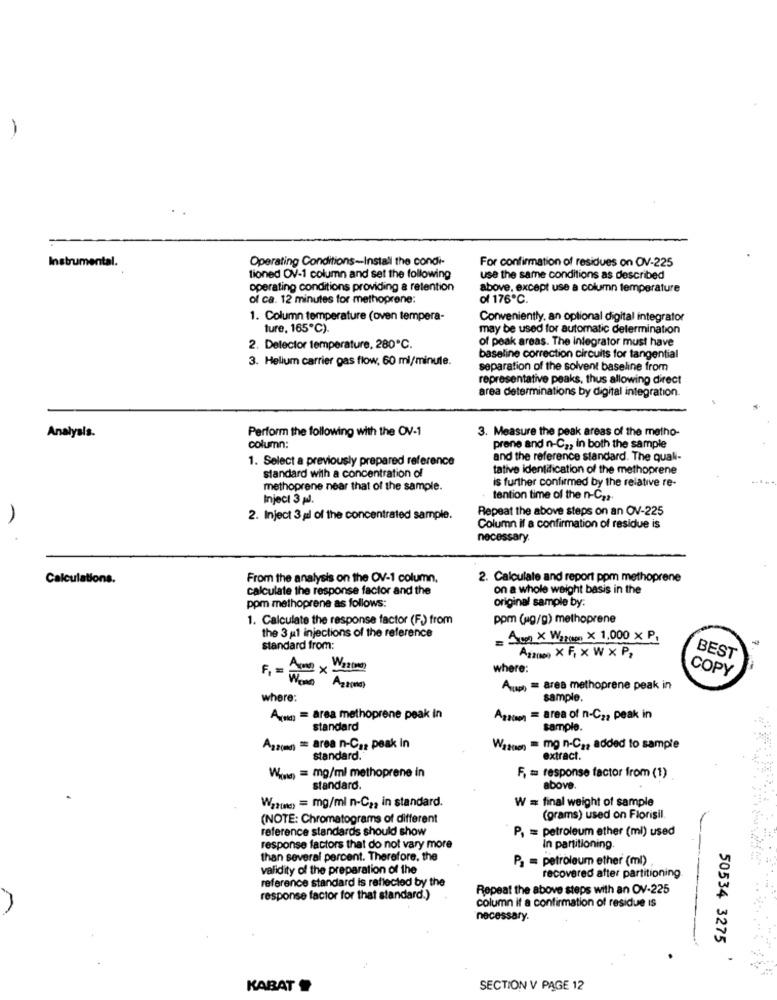
-
Operating Conditions-Install the condi-
Instrumental.
For confirmation of residues on OV-225
tioned OV-1 column and set the following
use the same conditions as described
operating conditions providing a retention
above, except use a column temperature
of ca. 12 minutes for methoprone:
of 176℃.
1. Column temperature (oven tempera-
Conveniently, an optional digital integrator
ture, 165℃).
may be used for automatic determination
of peak areas. The Integrator must have
2. Detector temperature. 280º℃.
3. Helium carrier gas flow, 60 ml/minule.
baseline correction circuits for tangential
separation of the solvent baseline from
representative peaks, thus allowing direct
area determinations by digital integration
Perform the following with the OV-1
3. Measure the peak areas of the metho-
Analysis.
column:
prene and n-C ,, in both the sample
1. Select a previously prepared reference
and the reference standard. The quali-
standard with a concentration of
tative identification of the methoprene
methoprene near that of the sample.
is further confirmed by the relative re-
Inject 3 gdl.
tention time of the n-Ca2.
Repeat the above steps on an OV-225
2. Inject 3 yıl of the concentrated sample.
A
Column if a confirmation of residue is
necessary.
Calculations.
From the analysis on the OV-1 column.
2. Calculate and report ppm methoprene
calculate the response factor and the
on a whole weight basis in the
ppm methoprene as follows:
original sample by:
1. Calculate the response factor (F.) from
ppm (ug/g) methoprene
the 3 ul injections of the reference
= Aun × W2poeng × 1,000 × P,
standard from:
Agame x F. x W x P2
BEST
where:
COPY
F1 = Wo Az(t)
Auch) = area methoprene peak in
where:
sample.
A(nic) = area methoprene peak in
Againm = area of n-Cz, peak in
standard
sample.
Azz(md) = area n-C ., peak in
Watten = mg n-C ,, added to sample
standard.
extract.
Wwwis) = mg/ml methoprene in
F, m response factor from (1)
standard.
above.
W = final weight of sample
War(e) = mg/ml n-C2, in standard.
(NOTE: Chromatograms of different
(grams) used on Florisil.
reference standards should show
P, = petroleum ether (mi) used
response factors that do not vary more
In partitioning
than several percent. Therefore, the
Pa = petroleum ether (ml)
validity of the preparation of the
reference standard is reflected by the
recovered after partitioning.
Repeat the above steps with an OV-225
response factor for that standard.)
column it a confirmation of residue Is
necessary.
50534 3275
KABAT
SECTION V PAGE 12